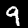
Digit: 9